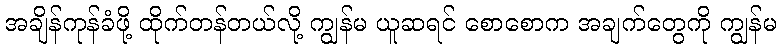
အချိန်ကုန်ခံဖို့ ထိုက်တန်တယ်လို့ ကျွန်မ ယူဆရင် စောစောက အချက်တွေကို ကျွန်မ